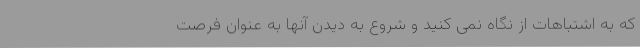
که به اشتباهات از نگاه نمی کنید و شروع به دیدن آنها به عنوان فرصت